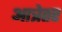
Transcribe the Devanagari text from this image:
आत्रेतर